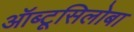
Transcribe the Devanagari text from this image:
ऑब्टूसिलोबा